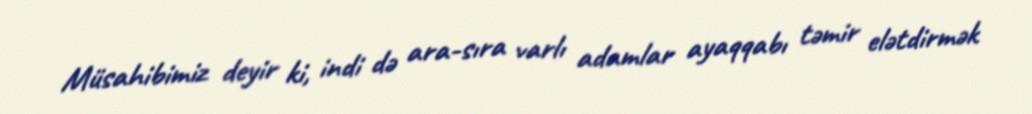
Müsahibimiz deyir ki, indi də ara-sıra varlı adamlar ayaqqabı təmir elətdirmək